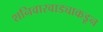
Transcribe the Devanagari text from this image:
शनिवारवाड्याकडून